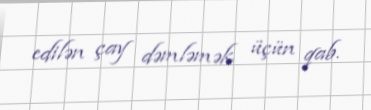
edilən çay dəmləmək üçün qab.